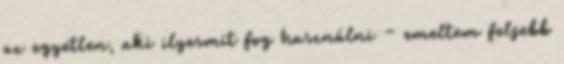
az egyetlen, aki ilyesmit fog használni – emeltem feljebb